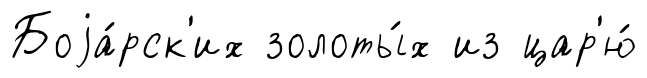
Боjа́рск'их золоты́х из цар'ю́